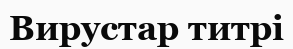
Вирустар титрі